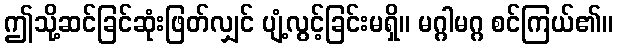
ဤသို့ဆင်ခြင်ဆုံးဖြတ်လျှင် ပျံ့လွင့်ခြင်းမရှိ။ မဂ္ဂါမဂ္ဂ စင်ကြယ်၏။